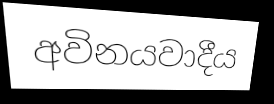
අවිනයවාදීය